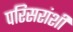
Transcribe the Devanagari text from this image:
परिसरांशी